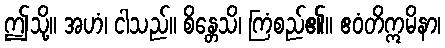
ဤသို့။ အဟံ၊ ငါသည်။ စိန္တေသိ၊ ကြံစည်၏။ ဧဝံတိဣမိနာ၊